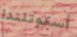
أسكوتلندا